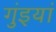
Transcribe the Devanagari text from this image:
गुंइयां